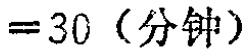
$=30 \text{（分钟）}$